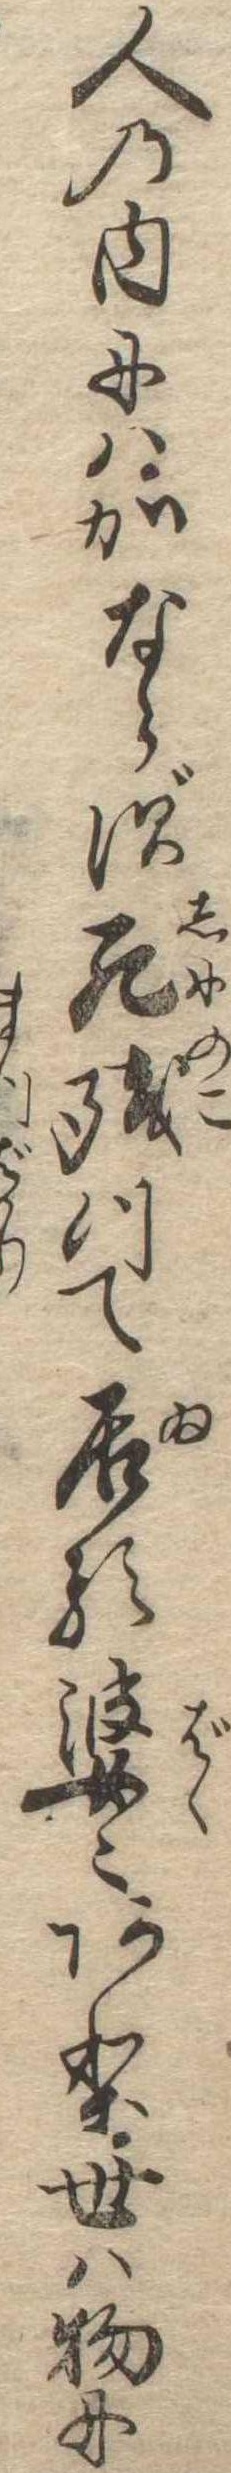
人の内にはかならず死残つて居る婆〻あり世は物に